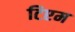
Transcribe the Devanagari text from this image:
टिएम